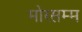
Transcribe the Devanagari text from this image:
मोरसम्म